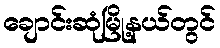
ချောင်းဆုံမြို့နယ်တွင်